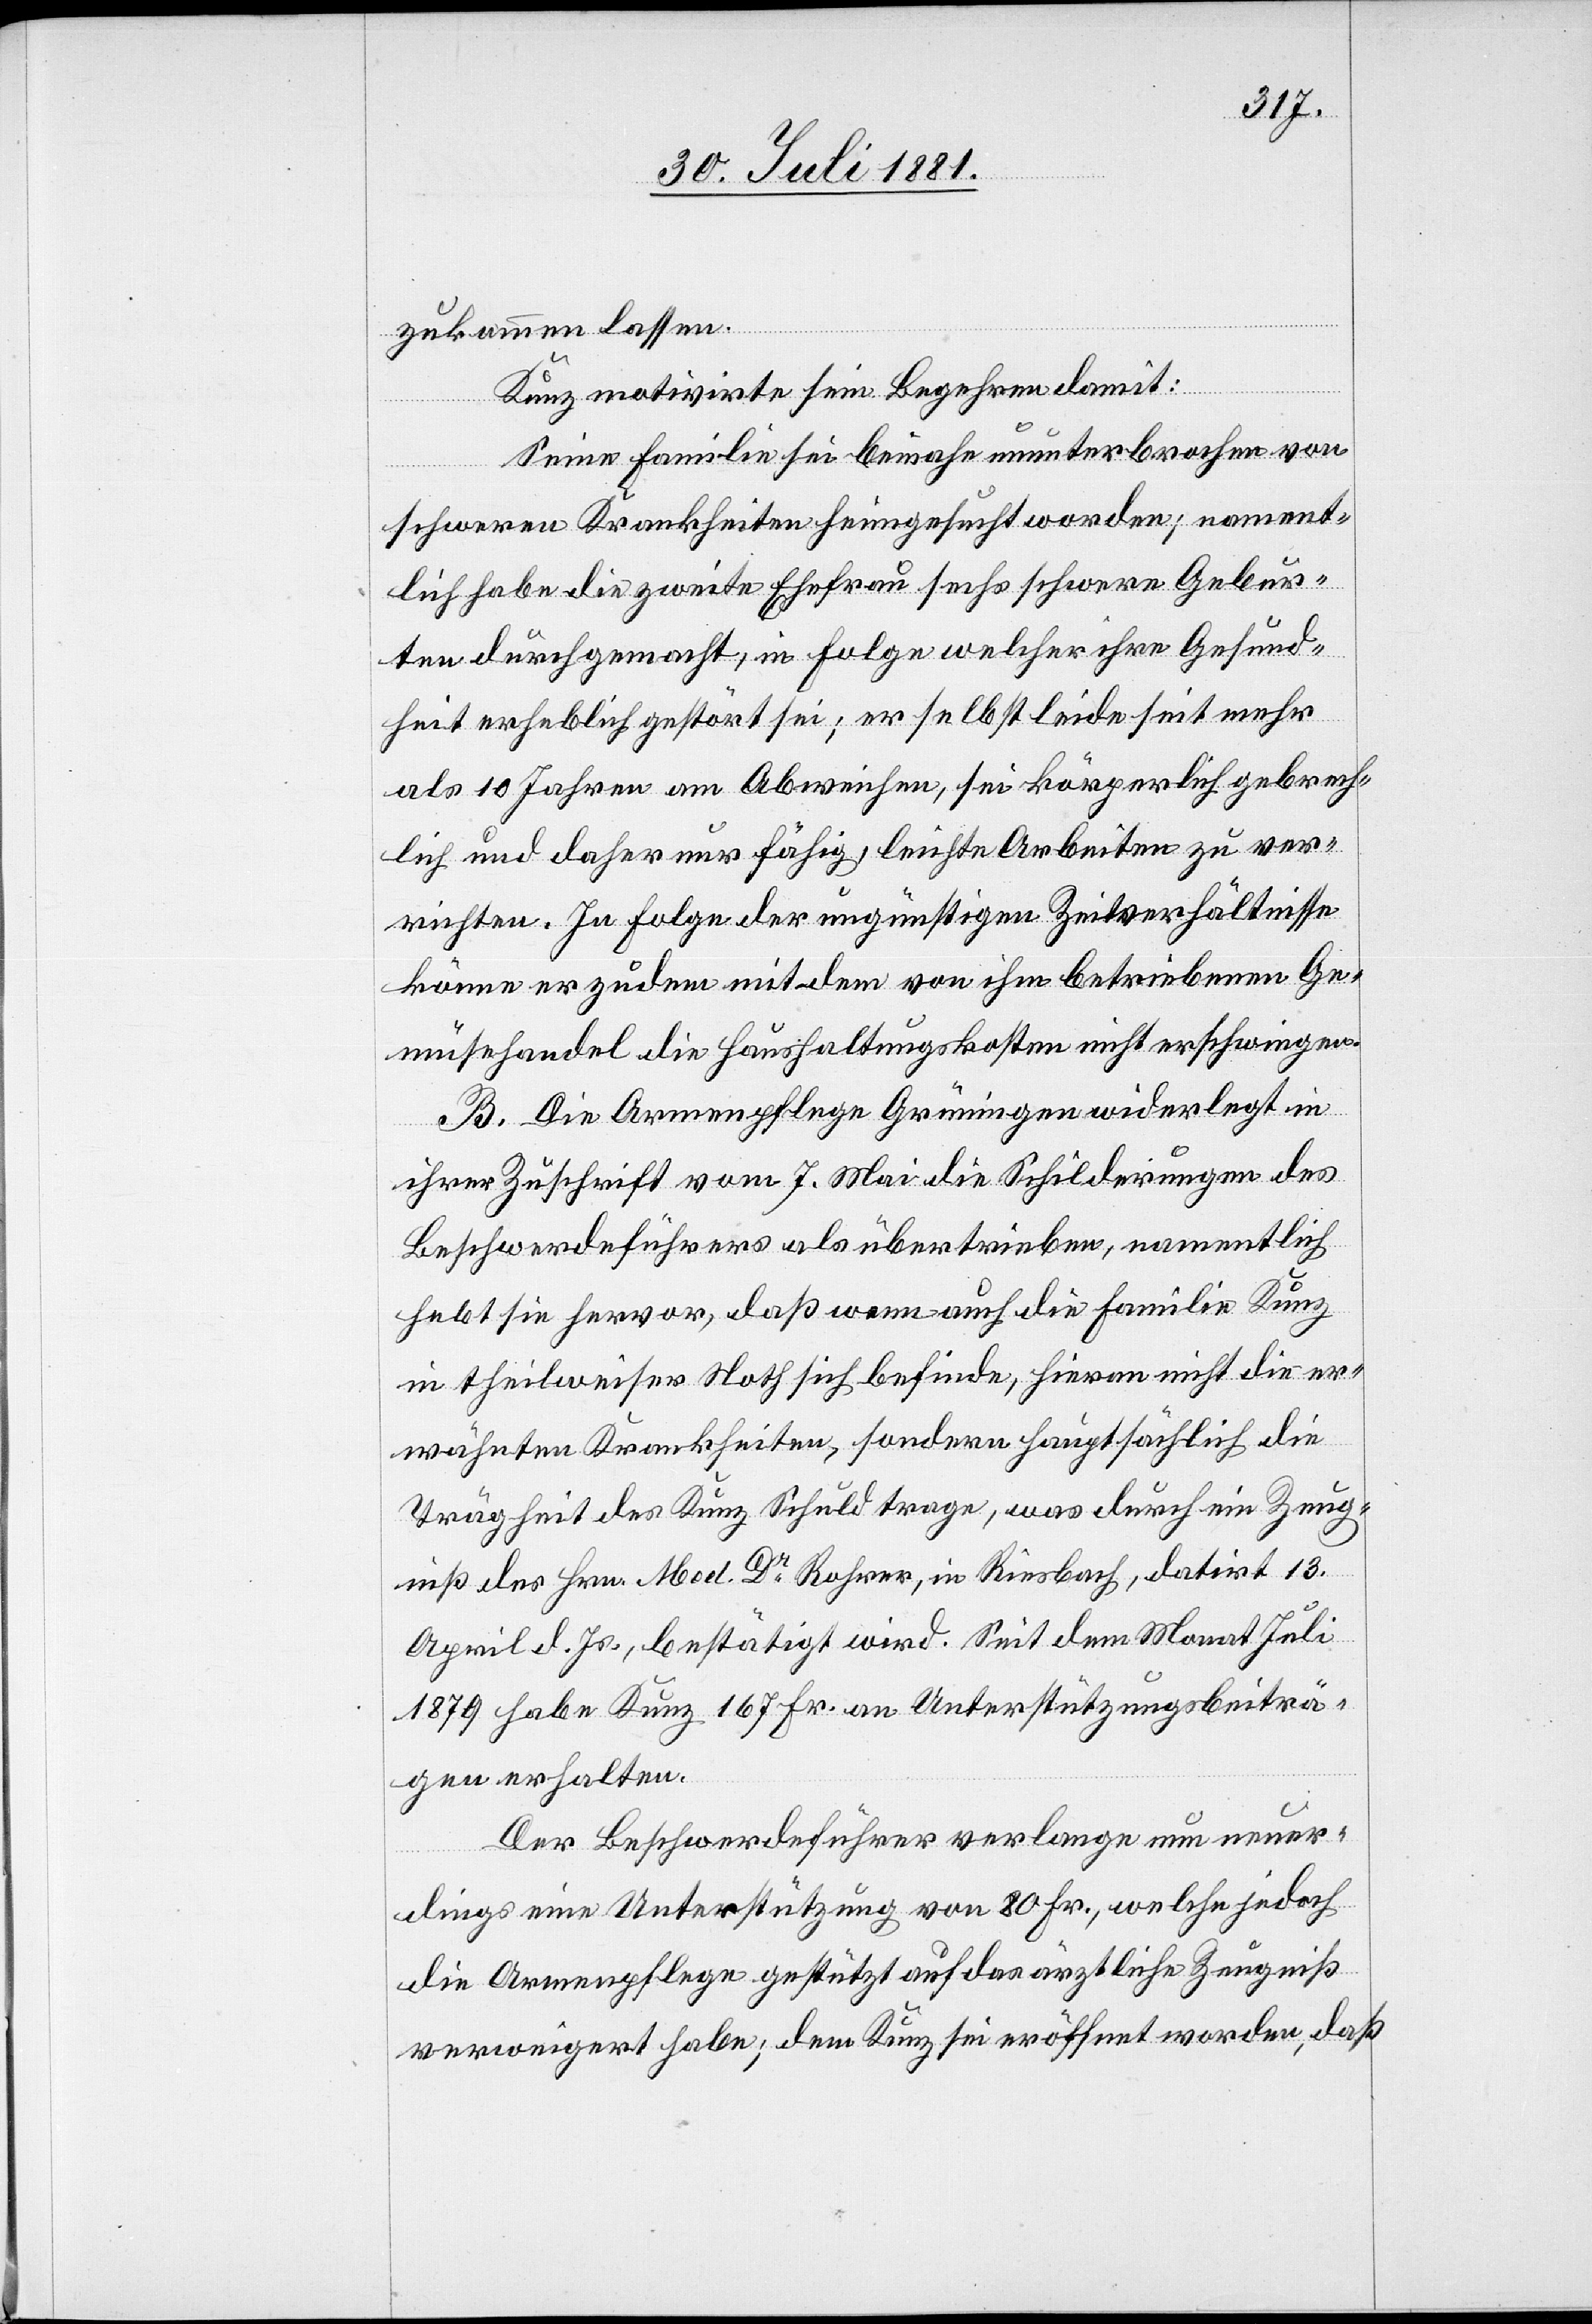
zukommen lassen.
Kunz motivirte sein Begehren damit:
Seine Familie sei beinahe ununterbrochen von
schweren Krankheiten heimgesucht worden; nament¬
lich habe die zweite Ehefrau sechs schwere Gebur¬
ten durchgemacht, in Folge welcher ihre Gesund¬
heit erheblich gestört sei; er selbst leide seit mehr
als 10 Jahren am Abweichen, sei kränklich gebrech¬
lich und daher nur fähig, leichte Arbeiten zu ver¬
richten. In Folge der ungünstigen Zeitverhältnisse
könne er zudem mit dem von ihm betriebenen Ge¬
müsehandel die Haushaltungskosten nicht erschwingen.
B. Die Armenpflege Grüningen widerlegt in
ihrer Zuschrift vom 7. Mai die Schilderungen des
Beschwerdeführers als übertrieben, namentlich
hebt sie hervor, daß wenn auch die Familie Kunz
in theilweiser Noth sich befinde, hievon nicht die er¬
wähnten Krankheiten, sondern hauptsächlich die
Trägheit des Kunz Schuld trage, was durch ein Zeug¬
niß des Hrn. Med. Dr Rohrer, in Riesbach, datirt 13.
April d. Js., bestätigt wird. Seit dem Monat Juli
1879 habe Kunz 197 Fr. an Unterstützungsbeiträ¬
gen erhalten.
Der Beschwerdeführer verlange nun neuer¬
dings eine Unterstützung von 80 Fr., welche jedoch
die Armenpflege gestützt auf das ärztliche Zeugniß
verweigert habe; dem Kunz sei eröffnet worden, daß